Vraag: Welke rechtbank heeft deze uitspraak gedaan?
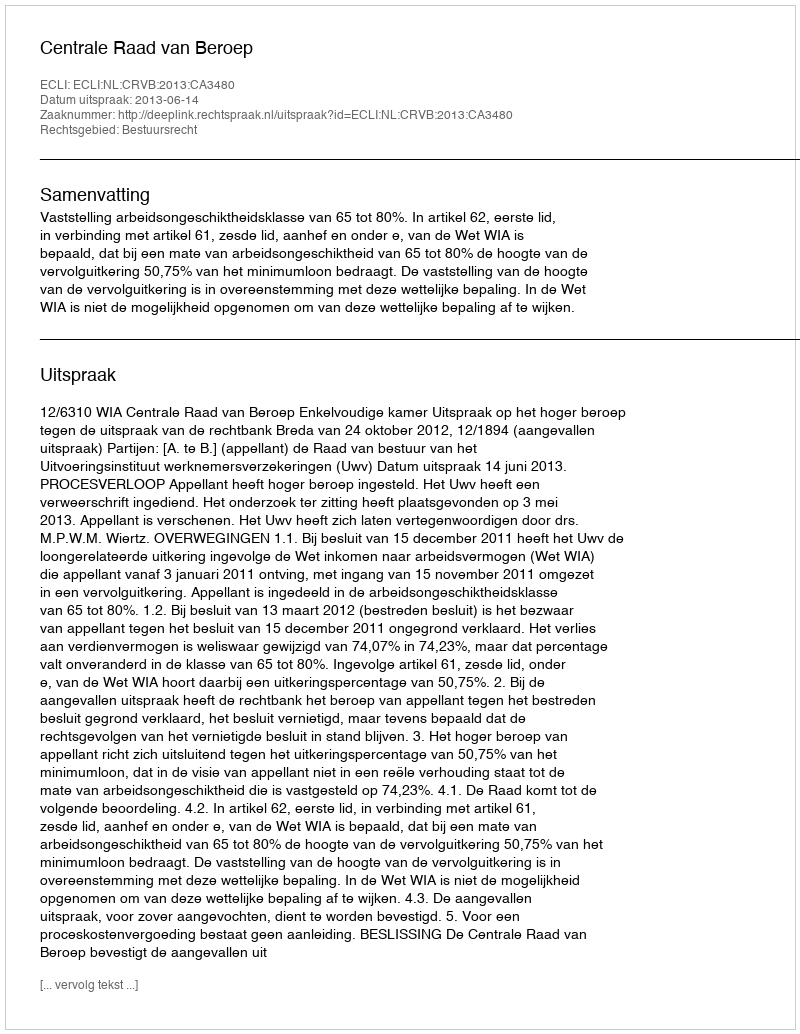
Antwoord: Centrale Raad van Beroep